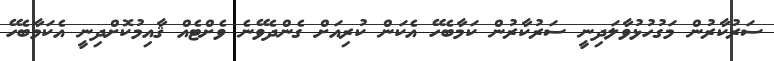
ސަރުކާރުން މަގުހުޅުވާލަދިނީ ސަރުކާރުން ކަމާބެހޭ އެކަން ކުރިއަށް ގެންދެވޭނެ ވެށްޓެއް ޤާއިމުކޮށްދިނީ އެކަމާބެހޭ